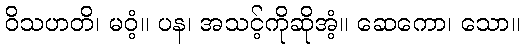
ဝိသဟတိ၊ မဝံ့။ ပန၊ အသင့်ကိုဆိုအံ့။ ဆေကော၊ သော။